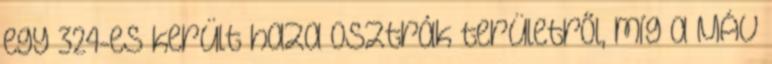
egy 324-es került haza osztrák területről, míg a MÁV